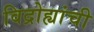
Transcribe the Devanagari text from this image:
विद्रोह्यांची